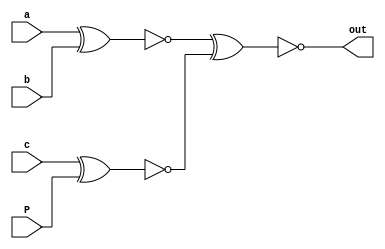
// Code your design here
module odd_parchecker(input a,b,c,P, output out);
  assign out=~((~(a^b))^(~(c^P)));
endmodule